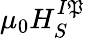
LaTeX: \mu_{0}H_{S}^{I\mathfrak{P}}